Source: Computer-generated
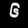
Digit: ၆ (6)